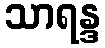
သာရန္ဒ